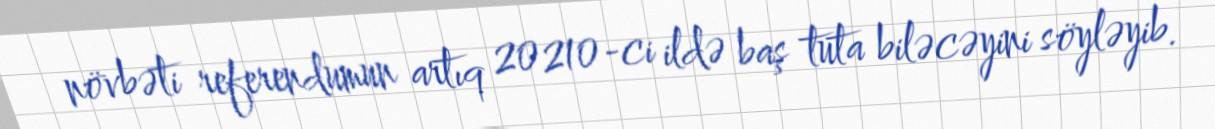
növbəti referendumun artıq 20210-ci ildə baş tuta biləcəyini söyləyib.